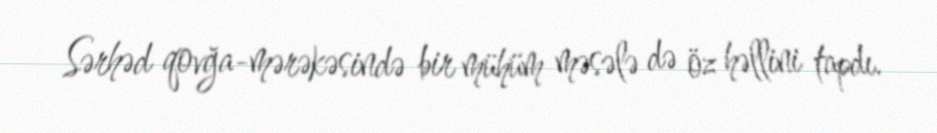
Sərhəd qovğa-mərəkəsində bir mühüm məsələ də öz həllini tapdı.